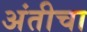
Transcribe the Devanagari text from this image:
अंतीचा